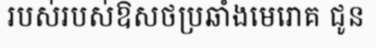
របស់របស់ឱសថប្រឆាំងមេរោគ ជូន